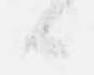
候